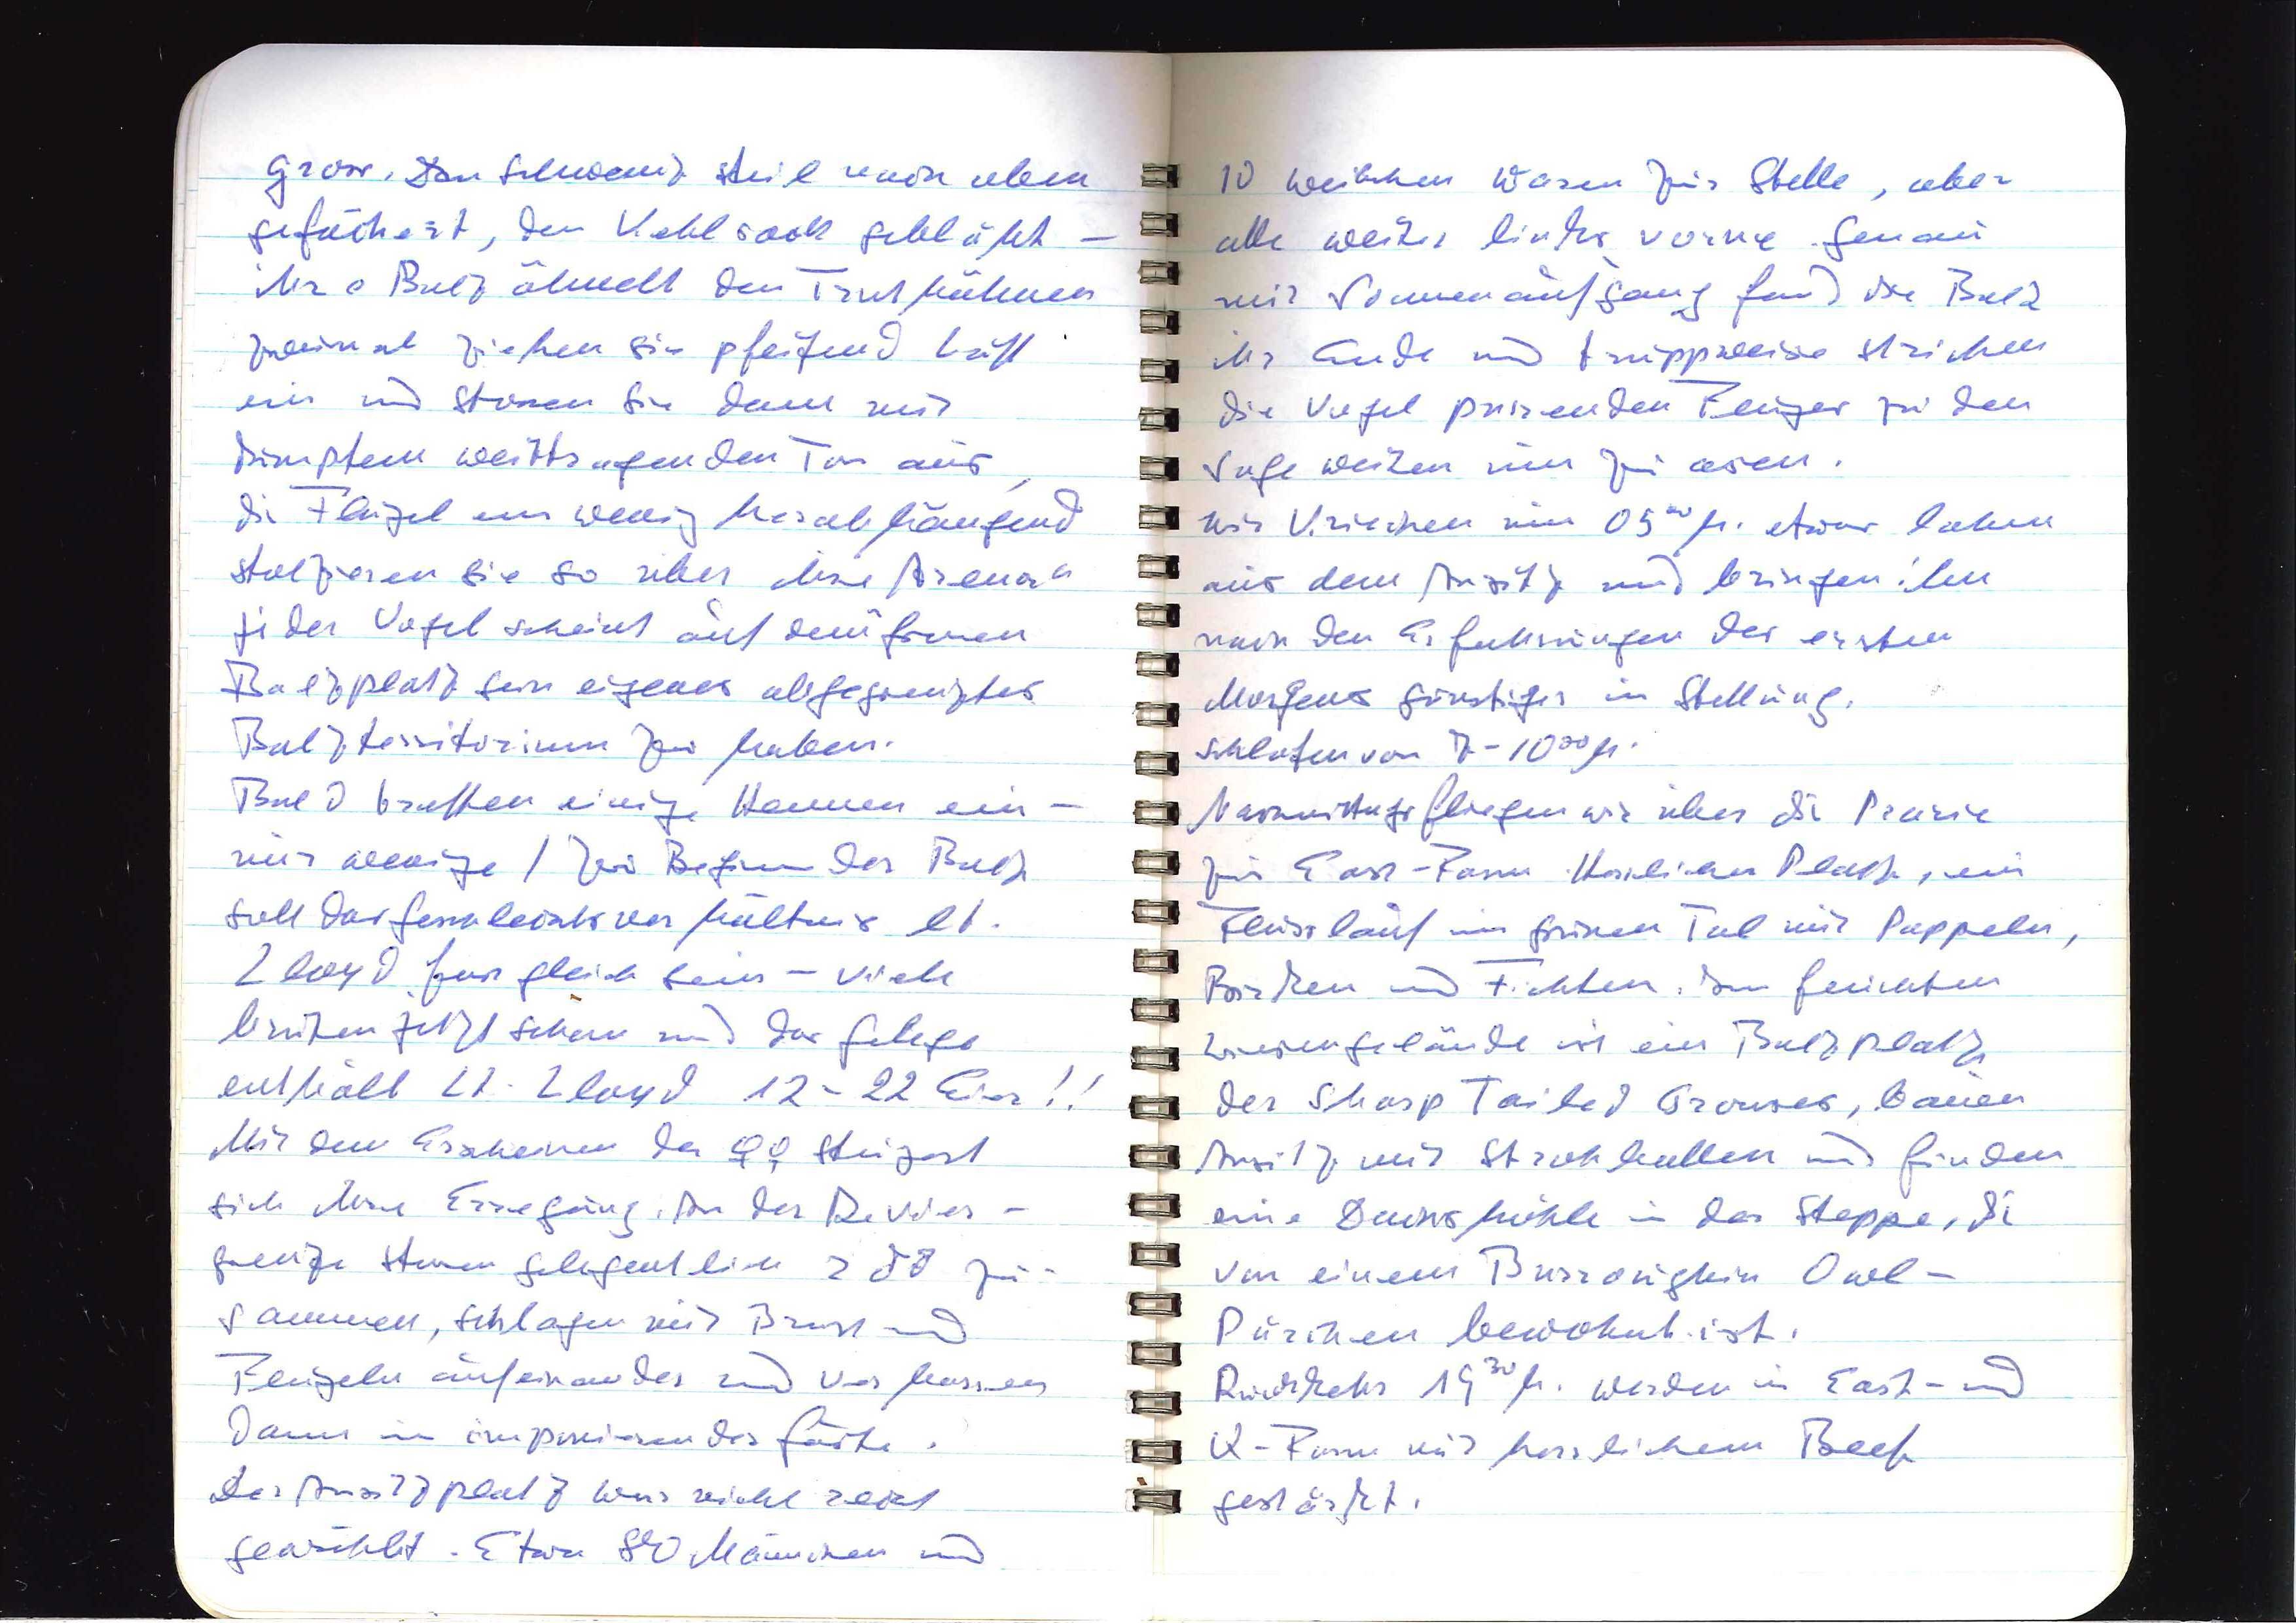
gross. Den Schwanz steil nach oben
gefächert, den Kehlsack gebläht —
ihre Balz ähnelt den Truthähnen.
Zweimal ziehen sie pfeifend Luft
ein und stossen sie dann mit
dumpfem weittragendem Ton aus,
die Flügel ein wenig herabhängend
stolzieren sie so über ihre "Arena"
Jeder Vogel scheint auf dem grossen
Balzplatz sein eigenes abgegrenztes
Balzterritorium zu haben.
Bald treffen einige Hennen ein —
nur wenige / Zum Beginn der Balz
soll das Geschlechterverhältnis lt.
Lloyd ganz gleich sein — viele
brüten jetzt schon und das Gehege
enthält lt. Lloyd 12-22 Eier!!
Mit dem Erscheinen der ♀ ♀ steigert
sich ihre Erregung. An der Reviers¬
grenze stehen gelegentlich 2 ♂♂ zu¬
sammen, schlagen mit Brust und
Flügeln aufeinander und verharren
dann in imponierender Geste.
Der Ansitzplatz war nicht recht
gewählt. Etwa 80 Männchen und

10 Weibchen waren zur Stelle, aber
alle weiter links vorne. Genau
mit Sonnenaufgang fand die Balz
ihr Ende und truppenweise strichen
die Vögel pirschenden Fluges zu den
Sageweiden um zu äsen.
Wir kriechen um 0500 h. etwas lahm
aus dem Ansitz und bringen ihn
nach den Erfahrungen des ersten
Morgens günstiger in Stellung.
Schlafen von 7-1000 h.
Nachmittags fliegen wir über die Prärie
zur East-Farm. Herrlicher Platz, ein
Flusslauf im grünen Tal mit Pappeln,
Birken und Fichten. Im feuchten
Wiesengelände ist ein Balzplatz
der Sharp Tailed Grouses, bauen
Ansitz mit Strohballen und finden
eine Dachshöhle in der Steppe, die
von einem Burrowing Owl-
Pärchen bewohnt ist.
Rückkehr 1930 h. Werden in East- und
Q-Farm mit herrlichem Beef
gestärkt.